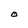
Character: O